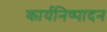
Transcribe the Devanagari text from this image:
कार्यनिष्‍पादन